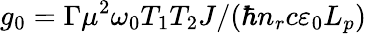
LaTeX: g_{0}=\Gamma\mu^{2}\omega_{0}T_{1}T_{2}J/(\hbar n_{r}c\varepsilon_{0}L_{p})